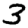
Digit: 3